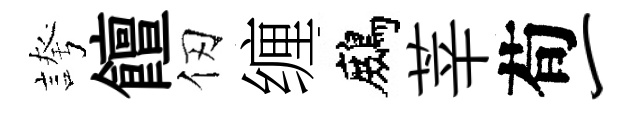
誇饘仞缠鷓莘荀一